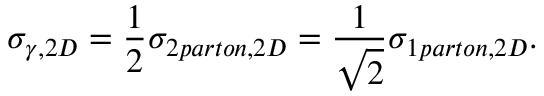
\sigma _ { \gamma , 2 D } = { \frac { 1 } { 2 } } \sigma _ { 2 p a r t o n , 2 D } = { \frac { 1 } { \sqrt { 2 } } } \sigma _ { 1 p a r t o n , 2 D } .